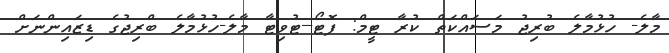
މާލެ- ހުޅުމާލެ ބުރިޖު މަސައްކަތް ކުރާ ޓީމް: ފޮޓޯ--ޓުވިޓާ މާލެ-ހުޅުމާލެ ބްރިޖުގެ ޑިޒައިންނަށް